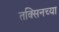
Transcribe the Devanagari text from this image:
तक्सिनच्या